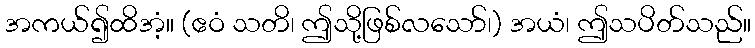
အကယ်၍ထိအံ့။ (ဧဝံ သတိ၊ ဤသို့ဖြစ်လသော်၊) အယံ၊ ဤသပိတ်သည်။